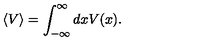
\left< V \right> = \int _ { - \infty } ^ { \infty } d x V ( x ) .